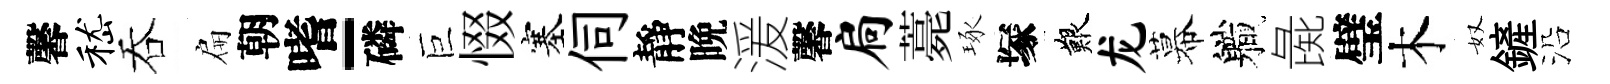
馨嵇吞扁朝嗜-磷巨惙塞伺靜晩湲馨扃薧琢塚艱龙幕軄彘璧木奴鏟沿